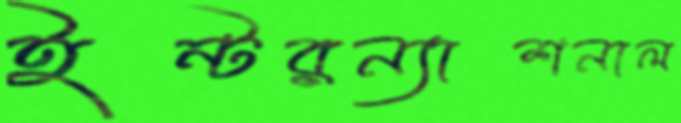
ইন্টরন্যাশনাল